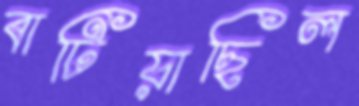
বাটিয়াছিল